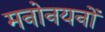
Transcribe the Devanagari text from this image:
मनोनयनों